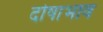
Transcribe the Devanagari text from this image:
दोषाभाव